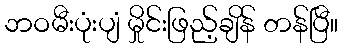
ဘဝမီးပုံးပျံ မှိုင်းဖြည့်ချိန် တန်ပြီ။